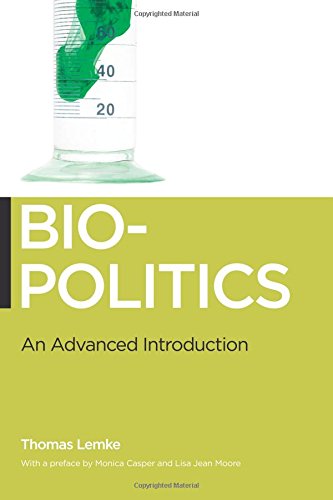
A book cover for Biopolitics: An Advanced Introduction; Thomas Lemke; Medical Books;